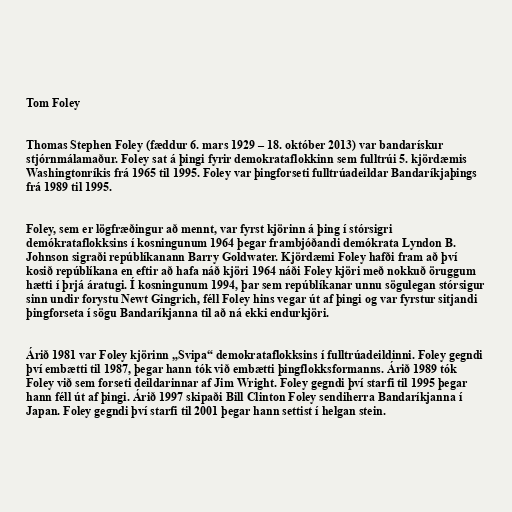
Tom Foley

Thomas Stephen Foley (fæddur 6. mars 1929 – 18. október 2013) var bandarískur
stjórnmálamaður. Foley sat á þingi fyrir demokrataflokkinn sem fulltrúi 5. kjördæmis
Washingtonríkis frá 1965 til 1995. Foley var þingforseti fulltrúadeildar Bandaríkjaþings
frá 1989 til 1995.

Foley, sem er lögfræðingur að mennt, var fyrst kjörinn á þing í stórsigri
demókrataflokksins í kosningunum 1964 þegar frambjóðandi demókrata Lyndon B.
Johnson sigraði repúblíkanann Barry Goldwater. Kjördæmi Foley hafði fram að því
kosið repúblíkana en eftir að hafa náð kjöri 1964 náði Foley kjöri með nokkuð öruggum
hætti í þrjá áratugi. Í kosningunum 1994, þar sem repúblíkanar unnu sögulegan stórsigur
sinn undir forystu Newt Gingrich, féll Foley hins vegar út af þingi og var fyrstur sitjandi
þingforseta í sögu Bandaríkjanna til að ná ekki endurkjöri.

Árið 1981 var Foley kjörinn „Svipa“ demokrataflokksins í fulltrúadeildinni. Foley gegndi
því embætti til 1987, þegar hann tók við embætti þingflokksformanns. Árið 1989 tók
Foley við sem forseti deildarinnar af Jim Wright. Foley gegndi því starfi til 1995 þegar
hann féll út af þingi. Árið 1997 skipaði Bill Clinton Foley sendiherra Bandaríkjanna í
Japan. Foley gegndi því starfi til 2001 þegar hann settist í helgan stein.